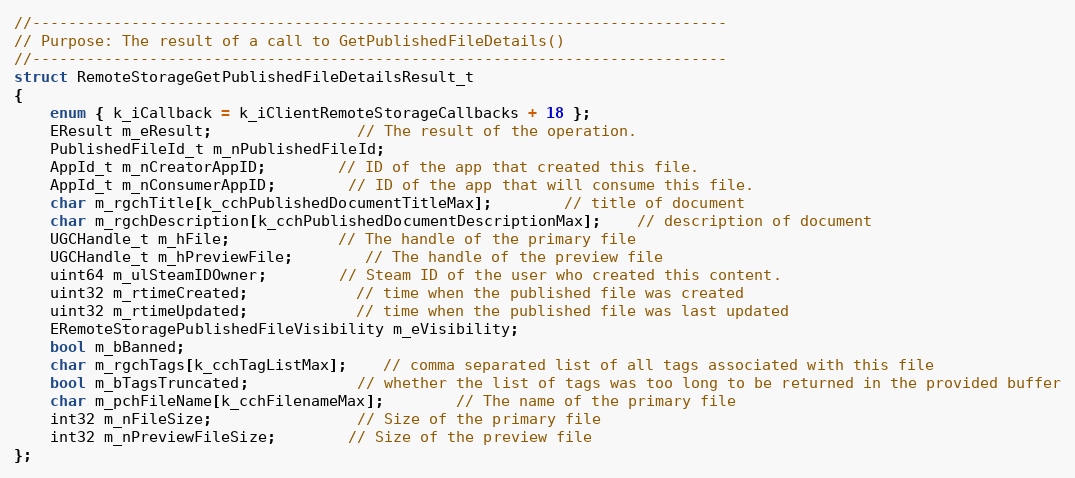
Language: C
//-----------------------------------------------------------------------------
// Purpose: The result of a call to GetPublishedFileDetails()
//-----------------------------------------------------------------------------
struct RemoteStorageGetPublishedFileDetailsResult_t
{
	enum { k_iCallback = k_iClientRemoteStorageCallbacks + 18 };
	EResult m_eResult;				// The result of the operation.
	PublishedFileId_t m_nPublishedFileId;
	AppId_t m_nCreatorAppID;		// ID of the app that created this file.
	AppId_t m_nConsumerAppID;		// ID of the app that will consume this file.
	char m_rgchTitle[k_cchPublishedDocumentTitleMax];		// title of document
	char m_rgchDescription[k_cchPublishedDocumentDescriptionMax];	// description of document
	UGCHandle_t m_hFile;			// The handle of the primary file
	UGCHandle_t m_hPreviewFile;		// The handle of the preview file
	uint64 m_ulSteamIDOwner;		// Steam ID of the user who created this content.
	uint32 m_rtimeCreated;			// time when the published file was created
	uint32 m_rtimeUpdated;			// time when the published file was last updated
	ERemoteStoragePublishedFileVisibility m_eVisibility;
	bool m_bBanned;
	char m_rgchTags[k_cchTagListMax];	// comma separated list of all tags associated with this file
	bool m_bTagsTruncated;			// whether the list of tags was too long to be returned in the provided buffer
	char m_pchFileName[k_cchFilenameMax];		// The name of the primary file
	int32 m_nFileSize;				// Size of the primary file
	int32 m_nPreviewFileSize;		// Size of the preview file
};